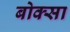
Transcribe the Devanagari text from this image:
बोक्सा